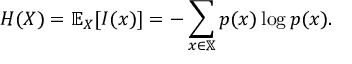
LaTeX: H ( X ) = \mathbb { E } _ { X } [ I ( x ) ] = - \sum _ { x \in \mathbb { X } } p ( x ) \log p ( x ) .